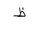
Letter: _za